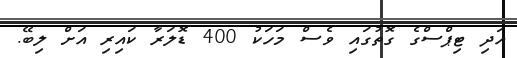
އަދި ޓިޕްސްގެ ގޮތުގައި ވެސް މަހަކު 400 ޑޮލަރާ ކައިރި އަށް ލިބޭ.